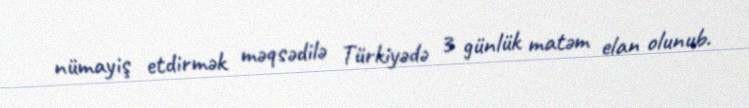
nümayiş etdirmək məqsədilə Türkiyədə 3 günlük matəm elan olunub.